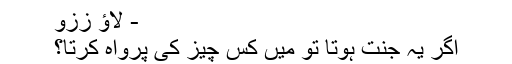
- لاؤ ززو
اگر یہ جنت ہوتا تو میں کس چیز کی پرواہ کرتا؟